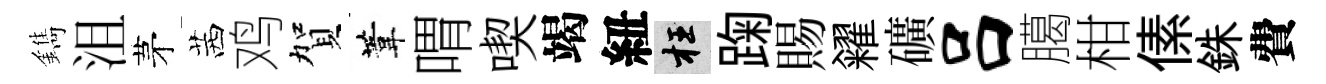
鐫沮茅茜鸡賀葦喟喫竭紐枉踘賜糴礦吕臈柑傃銖費